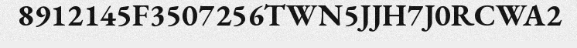
8912145F3507256TWN5JJH7J0RCWA2